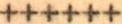
++++++